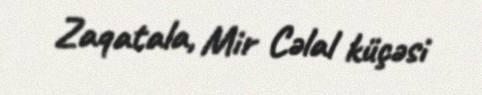
Zaqatala, Mir Cəlal küçəsi